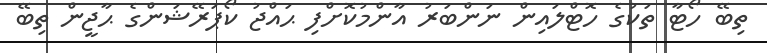
ތިބޭ ހޯޓާ ތަކުގެ ހޮޓްލައިން ނަންބަރު އާންމުކޮށްފި ޙައްޖު ކޯޕަރޭޝަންގެ ޙާޖީން ތިބޭ